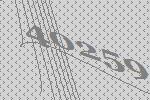
40259